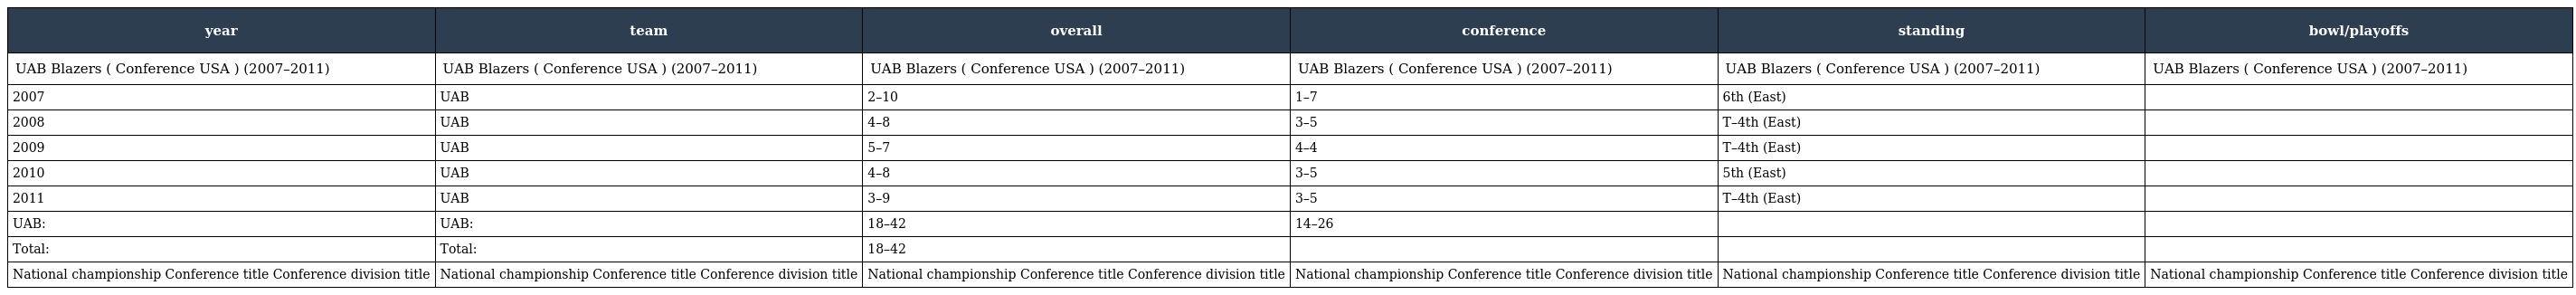
| year | team | overall | conference | standing | bowl/playoffs |
 | --- | --- | --- | --- | --- | --- |
 | UAB Blazers ( Conference USA ) (2007–2011) | UAB Blazers ( Conference USA ) (2007–2011) | UAB Blazers ( Conference USA ) (2007–2011) | UAB Blazers ( Conference USA ) (2007–2011) | UAB Blazers ( Conference USA ) (2007–2011) | UAB Blazers ( Conference USA ) (2007–2011) |
 | 2007 | UAB | 2–10 | 1–7 | 6th (East) |  |
 | 2008 | UAB | 4–8 | 3–5 | T–4th (East) |  |
 | 2009 | UAB | 5–7 | 4–4 | T–4th (East) |  |
 | 2010 | UAB | 4–8 | 3–5 | 5th (East) |  |
 | 2011 | UAB | 3–9 | 3–5 | T–4th (East) |  |
 | UAB: | UAB: | 18–42 | 14–26 |  |  |
 | Total: | Total: | 18–42 |  |  |  |
 | National championship Conference title Conference division title | National championship Conference title Conference division title | National championship Conference title Conference division title | National championship Conference title Conference division title | National championship Conference title Conference division title | National championship Conference title Conference division title |